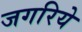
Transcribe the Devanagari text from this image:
जगरिये